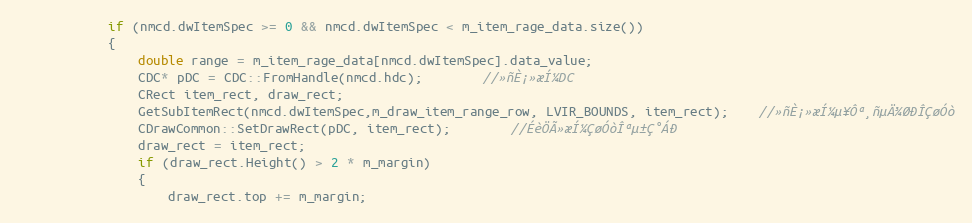
Language: C++
			if (nmcd.dwItemSpec >= 0 && nmcd.dwItemSpec < m_item_rage_data.size())
			{
				double range = m_item_rage_data[nmcd.dwItemSpec].data_value;
				CDC* pDC = CDC::FromHandle(nmcd.hdc);		//»ñÈ¡»æÍ¼DC
				CRect item_rect, draw_rect;
				GetSubItemRect(nmcd.dwItemSpec,m_draw_item_range_row, LVIR_BOUNDS, item_rect);	//»ñÈ¡»æÍ¼µ¥Ôª¸ñµÄ¾ØÐÎÇøÓò
				CDrawCommon::SetDrawRect(pDC, item_rect);		//ÉèÖÃ»æÍ¼ÇøÓòÎªµ±Ç°ÁÐ
				draw_rect = item_rect;
				if (draw_rect.Height() > 2 * m_margin)
				{
					draw_rect.top += m_margin;